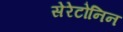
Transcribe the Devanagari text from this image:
सेरेटोनिन